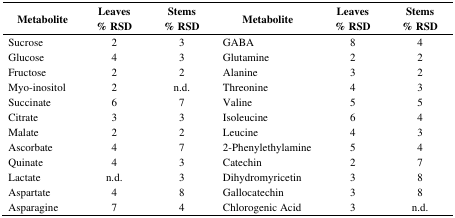
| Metabolite | Leaves% RSD | Stems% RSD | Metabolite | Leaves% RSD | Stems% RSD |
 | --- | --- | --- | --- | --- | --- |
 | Sucrose | 2 | 3 | GABA | 8 | 4 |
 | Glucose | 4 | 3 | Glutamine | 2 | 2 |
 | Fructose | 2 | 2 | Alanine | 3 | 2 |
 | Myo-inositol | 2 | n.d. | Threonine | 4 | 3 |
 | Succinate | 6 | 7 | Valine | 5 | 5 |
 | Citrate | 3 | 3 | Isoleucine | 6 | 4 |
 | Malate | 2 | 2 | Leucine | 4 | 3 |
 | Ascorbate | 4 | 7 | 2-Phenylethylamine | 5 | 4 |
 | Quinate | 4 | 3 | Catechin | 2 | 7 |
 | Lactate | n.d. | 3 | Dihydromyricetin | 3 | 8 |
 | Aspartate | 4 | 8 | Gallocatechin | 3 | 8 |
 | Asparagine | 7 | 4 | Chlorogenic Acid | 3 | n.d. |